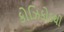
કોઝિકોડથી